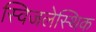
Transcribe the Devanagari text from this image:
स्विजलेस्थिक